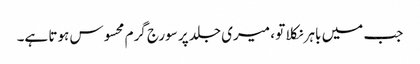
جب میں باہر نکلا تو ، میری جلد پر سورج گرم محسوس ہوتا ہے۔